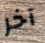
آخر